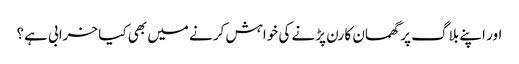
اور اپنے بلاگ پر گھمسان کا رن پڑنے کی خواہش کرنے میں بھی کیا خرابی ہے؟